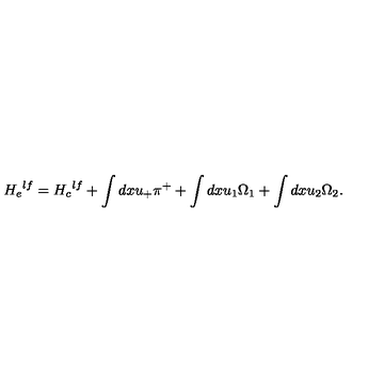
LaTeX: { H _ { e } } ^ { l f } = { H _ { c } } ^ { l f } + \int d x u _ { + } \pi ^ { + } + \int d x u _ { 1 } \Omega _ { 1 } + \int d x u _ { 2 } \Omega _ { 2 } .